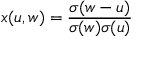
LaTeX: x ( u , w ) = { \frac { \sigma ( w - u ) } { \sigma ( w ) \sigma ( u ) } }